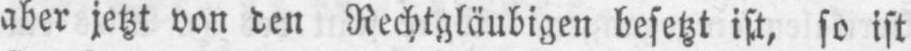
aber jetzt von den Rechtgläubigen besetzt ist, so ist